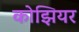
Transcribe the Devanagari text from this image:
कोझियर